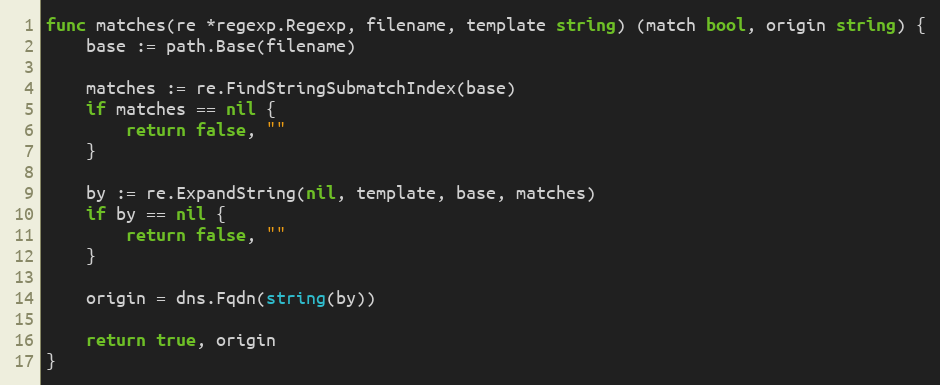
Language: Go
func matches(re *regexp.Regexp, filename, template string) (match bool, origin string) {
	base := path.Base(filename)

	matches := re.FindStringSubmatchIndex(base)
	if matches == nil {
		return false, ""
	}

	by := re.ExpandString(nil, template, base, matches)
	if by == nil {
		return false, ""
	}

	origin = dns.Fqdn(string(by))

	return true, origin
}